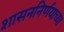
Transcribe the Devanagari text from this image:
शासननिर्णयाच्या